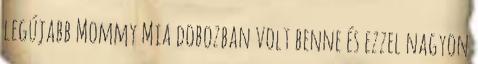
legújabb Mommy Mia dobozban volt benne és ezzel nagyon